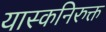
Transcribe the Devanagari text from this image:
यास्कनिरुक्त